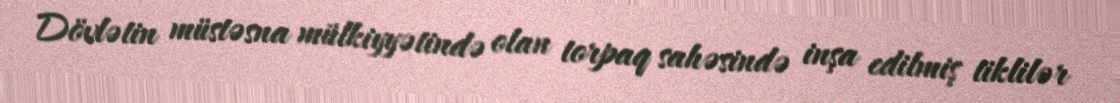
Dövlətin müstəsna mülkiyyətində olan torpaq sahəsində inşa edilmiş tiklilər